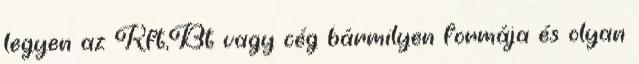
legyen az Kft,Bt vagy cég bármilyen formája és olyan